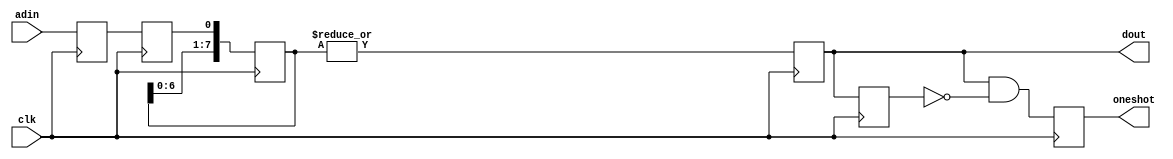

module async_debounce #(parameter BITS=8)
  (
   input      clk,
   input      adin,
   output reg dout,
   output reg oneshot
   );

   (* MARK_ASYNC = "TRUE" *)
   reg adin_t1, adin_t2;
   reg dout_t1;
   reg [BITS-1:0] buffer;
   
   always @(posedge clk) begin
      adin_t1 <= adin;
      adin_t2 <= adin_t1;

      buffer <= { buffer[BITS-2:0], adin_t2 };
      dout <= |buffer;
      dout_t1 <= dout;
      oneshot <= dout && ~dout_t1;
   end
   
endmodule